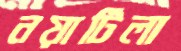
নয়াটিলা